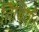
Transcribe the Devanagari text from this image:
तिथियाँ।